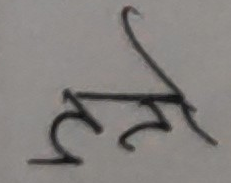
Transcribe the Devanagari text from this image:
हते